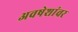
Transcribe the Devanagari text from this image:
अवषेशांवर